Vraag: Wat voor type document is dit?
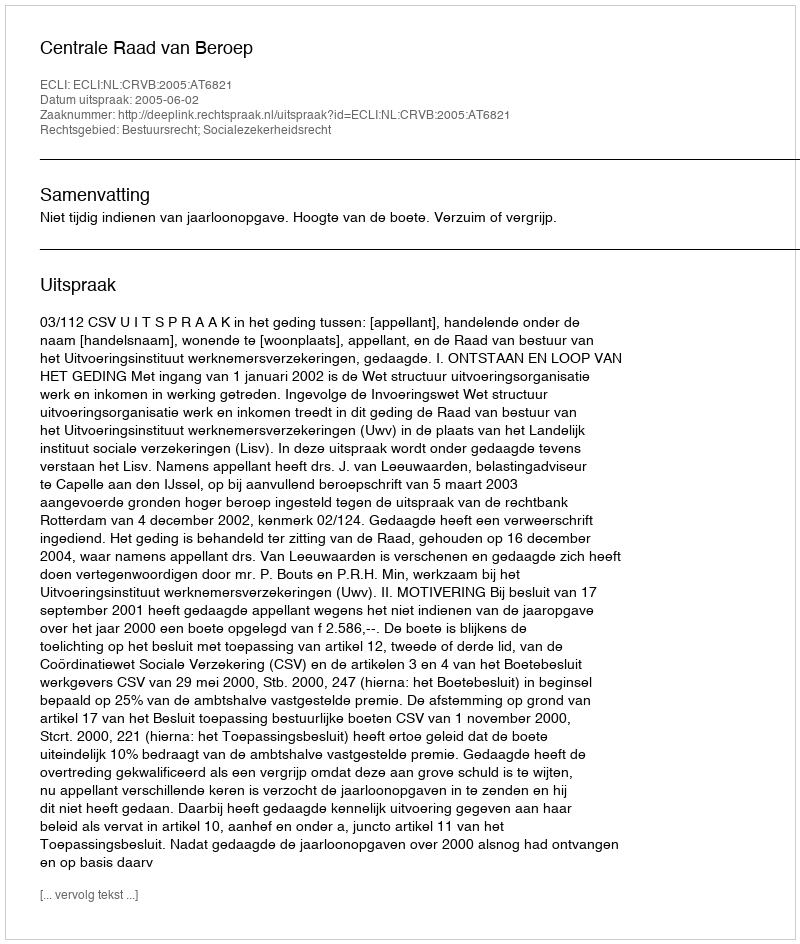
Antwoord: Uitspraak